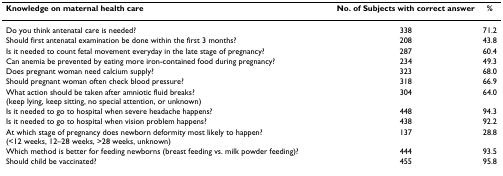
<table><thead><tr><td><b>Knowledge on maternal health care</b></td><td><b>No. of Subjects with correct answer</b></td><td><b>%</b></td></tr></thead><tbody><tr><td>Do you think antenatal care is needed?</td><td>338</td><td>71.2</td></tr><tr><td>Should first antenatal examination be done within the first 3 months?</td><td>208</td><td>43.8</td></tr><tr><td>Is it needed to count fetal movement everyday in the late stage of pregnancy?</td><td>287</td><td>60.4</td></tr><tr><td>Can anemia be prevented by eating more iron-contained food during pregnancy?</td><td>234</td><td>49.3</td></tr><tr><td>Does pregnant woman need calcium supply?</td><td>323</td><td>68.0</td></tr><tr><td>Should pregnant woman often check blood pressure?</td><td>318</td><td>66.9</td></tr><tr><td>What action should be taken after amniotic fluid breaks? (keep lying, keep sitting, no special attention, or unknown)</td><td>304</td><td>64.0</td></tr><tr><td>Is it needed to go to hospital when severe headache happens?</td><td>448</td><td>94.3</td></tr><tr><td>Is it needed to go to hospital when vision problem happens?</td><td>438</td><td>92.2</td></tr><tr><td>At which stage of pregnancy does newborn deformity most likely to happen? (&lt;12 weeks, 12–28 weeks, &gt;28 weeks, unknown)</td><td>137</td><td>28.8</td></tr><tr><td>Which method is better for feeding newborns (breast feeding vs. milk powder feeding)?</td><td>444</td><td>93.5</td></tr><tr><td>Should child be vaccinated?</td><td>455</td><td>95.8</td></tr></tbody></table>